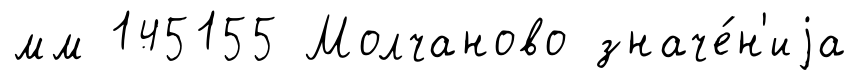
мм 145155 Молчаново значе́н'иjа